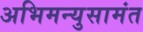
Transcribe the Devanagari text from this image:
अभिमन्युसामंत